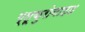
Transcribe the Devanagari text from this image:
ग्लूकुरोनाइड